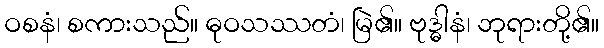
ဝစနံ၊ စကားသည်။ ဓုဝသဿတံ၊ မြဲ၏။ ဗုဒ္ဓါနံ၊ ဘုရားတို့၏။